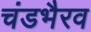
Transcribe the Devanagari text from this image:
चंडभैरव